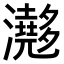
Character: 𤄮